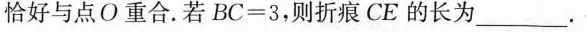
恰好与点O重合。若$$B C = 3$$，则折痕CE的长为___。